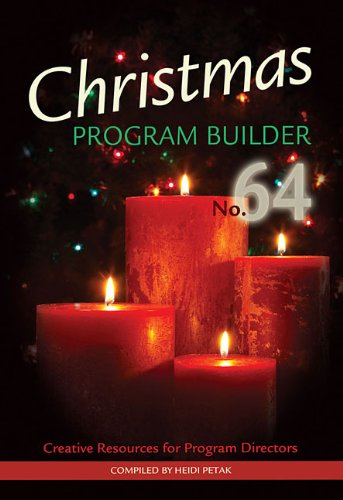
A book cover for Christmas Program Builder No. 64: Creative Resources for Program Directors (Lillenas Drama); Heidi Petak; Literature & Fiction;